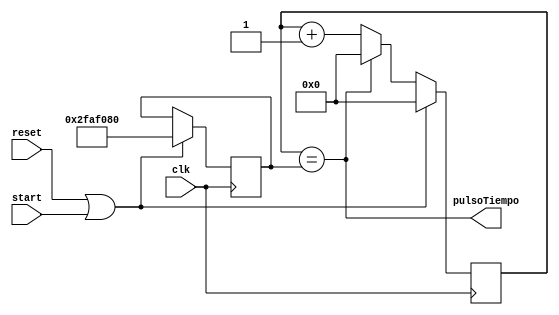
`timescale 1ns / 1ps


/*
	contador generico: se deben de sobreescribir los parametros para su 
	utilizacion. Su funcionamiento es para generar un pulso en alto cada cierto
	tiempo. Por ej, para un pulso cada 3ms, los valores seran 
		BITS_NECESARIOS = 18
		CANTIDAD_UNIDADES_TIEMPO = 3
		CANTIDAD_PULSOS_CUENTA	= 50000
	Se quiere contar 3 milisegundos, por lo que se ocupan 50000 pulsoCuenta (a 20ns Nexys 2)
	para hacer un milisegundo. Como se van a contar 3 ms, se calcula que se necesitan
	18 bits
*/
module timer(	
    input clk,
	 //en alto habilita una cuenta
	 //input habilitado,
    input reset,
	 input start,
    output pulsoTiempo
    );
	
	//cantidad de bits que se ocupan para llevar la cuenta
	parameter BITS_NECESARIOS = 30;
	parameter CANTIDAD_UNIDADES_TIEMPO = 1;
	parameter CANTIDAD_PULSOS_CUENTA = 50000000; //medio segundo
	
	
	reg [BITS_NECESARIOS-1:0] conteo;
	reg [BITS_NECESARIOS-1:0] limite;

	
	always @(posedge clk) 
		 begin
				if(reset || start)
					begin					
						limite <= CANTIDAD_UNIDADES_TIEMPO*CANTIDAD_PULSOS_CUENTA;
						conteo <= 0;
					end
				else 
					begin
						limite <= limite;
						conteo <= conteo + 1;
						if(conteo == limite)
							conteo <= 0;				
					end
		  end

	assign pulsoTiempo = (conteo == limite);
endmodule